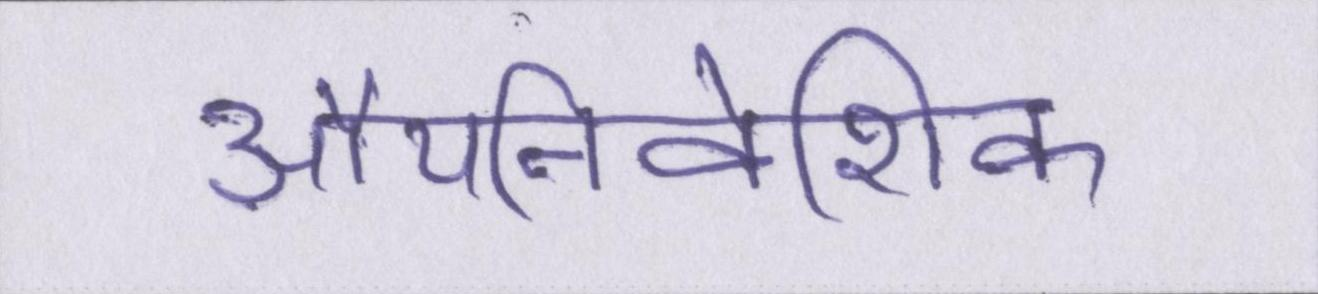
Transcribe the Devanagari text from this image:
औपनिवेशिक